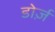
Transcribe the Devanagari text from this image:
डोर्ज़